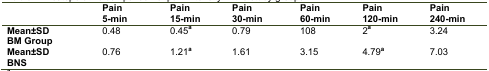
<table><thead><tr><td></td><td><b>Pain5-min</b></td><td><b>Pain15-min</b></td><td><b>Pain30-min</b></td><td><b>Pain60-min</b></td><td><b>Pain120-min</b></td><td><b>Pain240-min</b></td></tr></thead><tbody><tr><td><b>Mean±SD</b><b>BM Group </b></td><td>0.48</td><td>0.45a</td><td>0.79</td><td>108</td><td>2a</td><td>3.24</td></tr><tr><td><b>Mean±SD</b><b>BNS </b></td><td>0.76</td><td>1.21a</td><td>1.61</td><td>3.15</td><td>4.79a</td><td>7.03</td></tr></tbody></table>